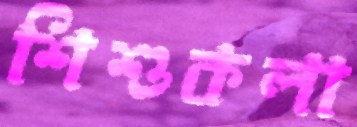
শিশুকলা